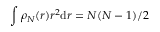
\int \rho _ { N } ( r ) r ^ { 2 } \mathrm { d } r = N ( N - 1 ) / 2